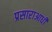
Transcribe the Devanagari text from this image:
प्रसाराआधी